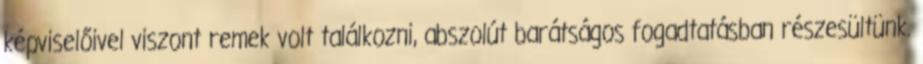
képviselőivel viszont remek volt találkozni, abszolút barátságos fogadtatásban részesültünk.